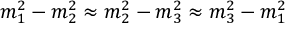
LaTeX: m _ { 1 } ^ { 2 } - m _ { 2 } ^ { 2 } \approx m _ { 2 } ^ { 2 } - m _ { 3 } ^ { 2 } \approx m _ { 3 } ^ { 2 } - m _ { 1 } ^ { 2 }